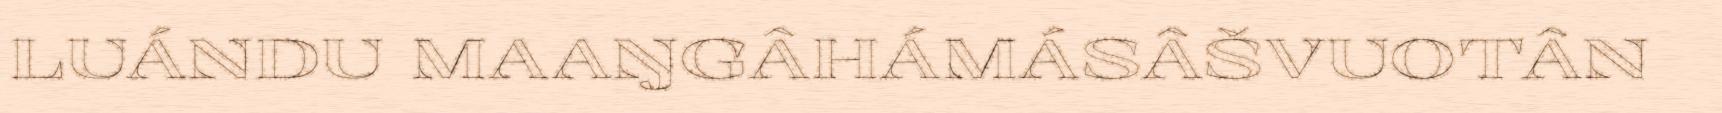
LUÁNDU MAAŊGÂHÁMÁSÂŠVUOTÂN